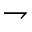
\rightharpoondown